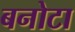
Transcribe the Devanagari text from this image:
बनोटा